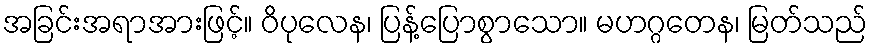
အခြင်းအရာအားဖြင့်။ ဝိပုလေန၊ ပြန့်ပြောစွာသော။ မဟဂ္ဂတေန၊ မြတ်သည်